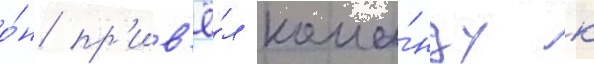
о́н пр'ив'ё́л кома́нду к